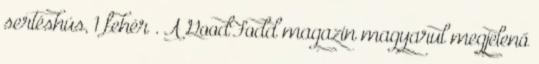
sertéshús, 1 fehér . A GoodFodd magazin magyarul megjelenő